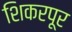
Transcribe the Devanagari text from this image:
शिकरपूर